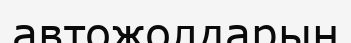
автожолдарын